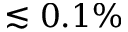
\lesssim 0 . 1 \%